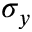
\sigma _ { y }